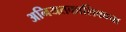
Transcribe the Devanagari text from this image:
अनियतकालिकाचा